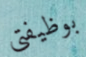
بوظيفتي